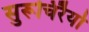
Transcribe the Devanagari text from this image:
सुरूचिरैर्यो